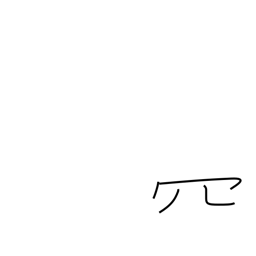
Meaning: net-like